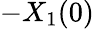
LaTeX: -X_{1}(0)